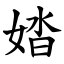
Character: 㛥